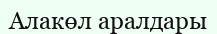
Алакөл аралдары